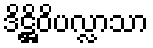
ဒိဋ္ဌိဝိပလ္လာသာ